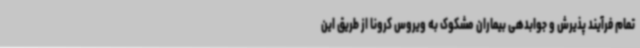
تمام فرآیند پذیرش و جوابدهی بیماران مشکوک به ویروس کرونا از طریق این